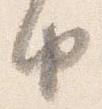
由